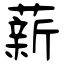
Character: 薪